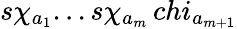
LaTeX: s\chi_{a_{1}}...s\chi_{a_{m}}\, chi_{a_{m+1}}